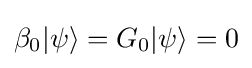
\beta _{0}|\psi \rangle =G_{0}|\psi \rangle =0